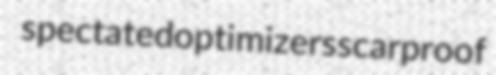
spectated optimizers scarproof